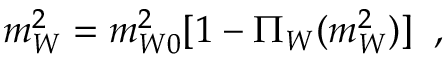
m _ { W } ^ { 2 } = m _ { W 0 } ^ { 2 } [ 1 - \Pi _ { W } ( m _ { W } ^ { 2 } ) ] \; \; ,